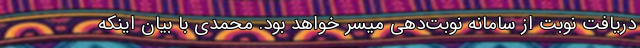
دریافت نوبت از سامانه نوبت‌دهی میسر خواهد بود. محمدی با بیان اینکه